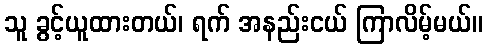
သူ ခွင့်ယူထားတယ်၊ ရက် အနည်းငယ် ကြာလိမ့်မယ်။